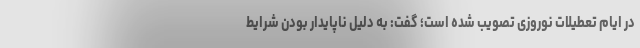
در ایام تعطیلات نوروزی تصویب شده است؛ گفت: به دلیل ناپایدار بودن شرایط